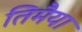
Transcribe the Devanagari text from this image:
तिमैया